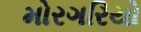
મોરગરિયો